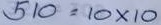
510 = 10 x 10